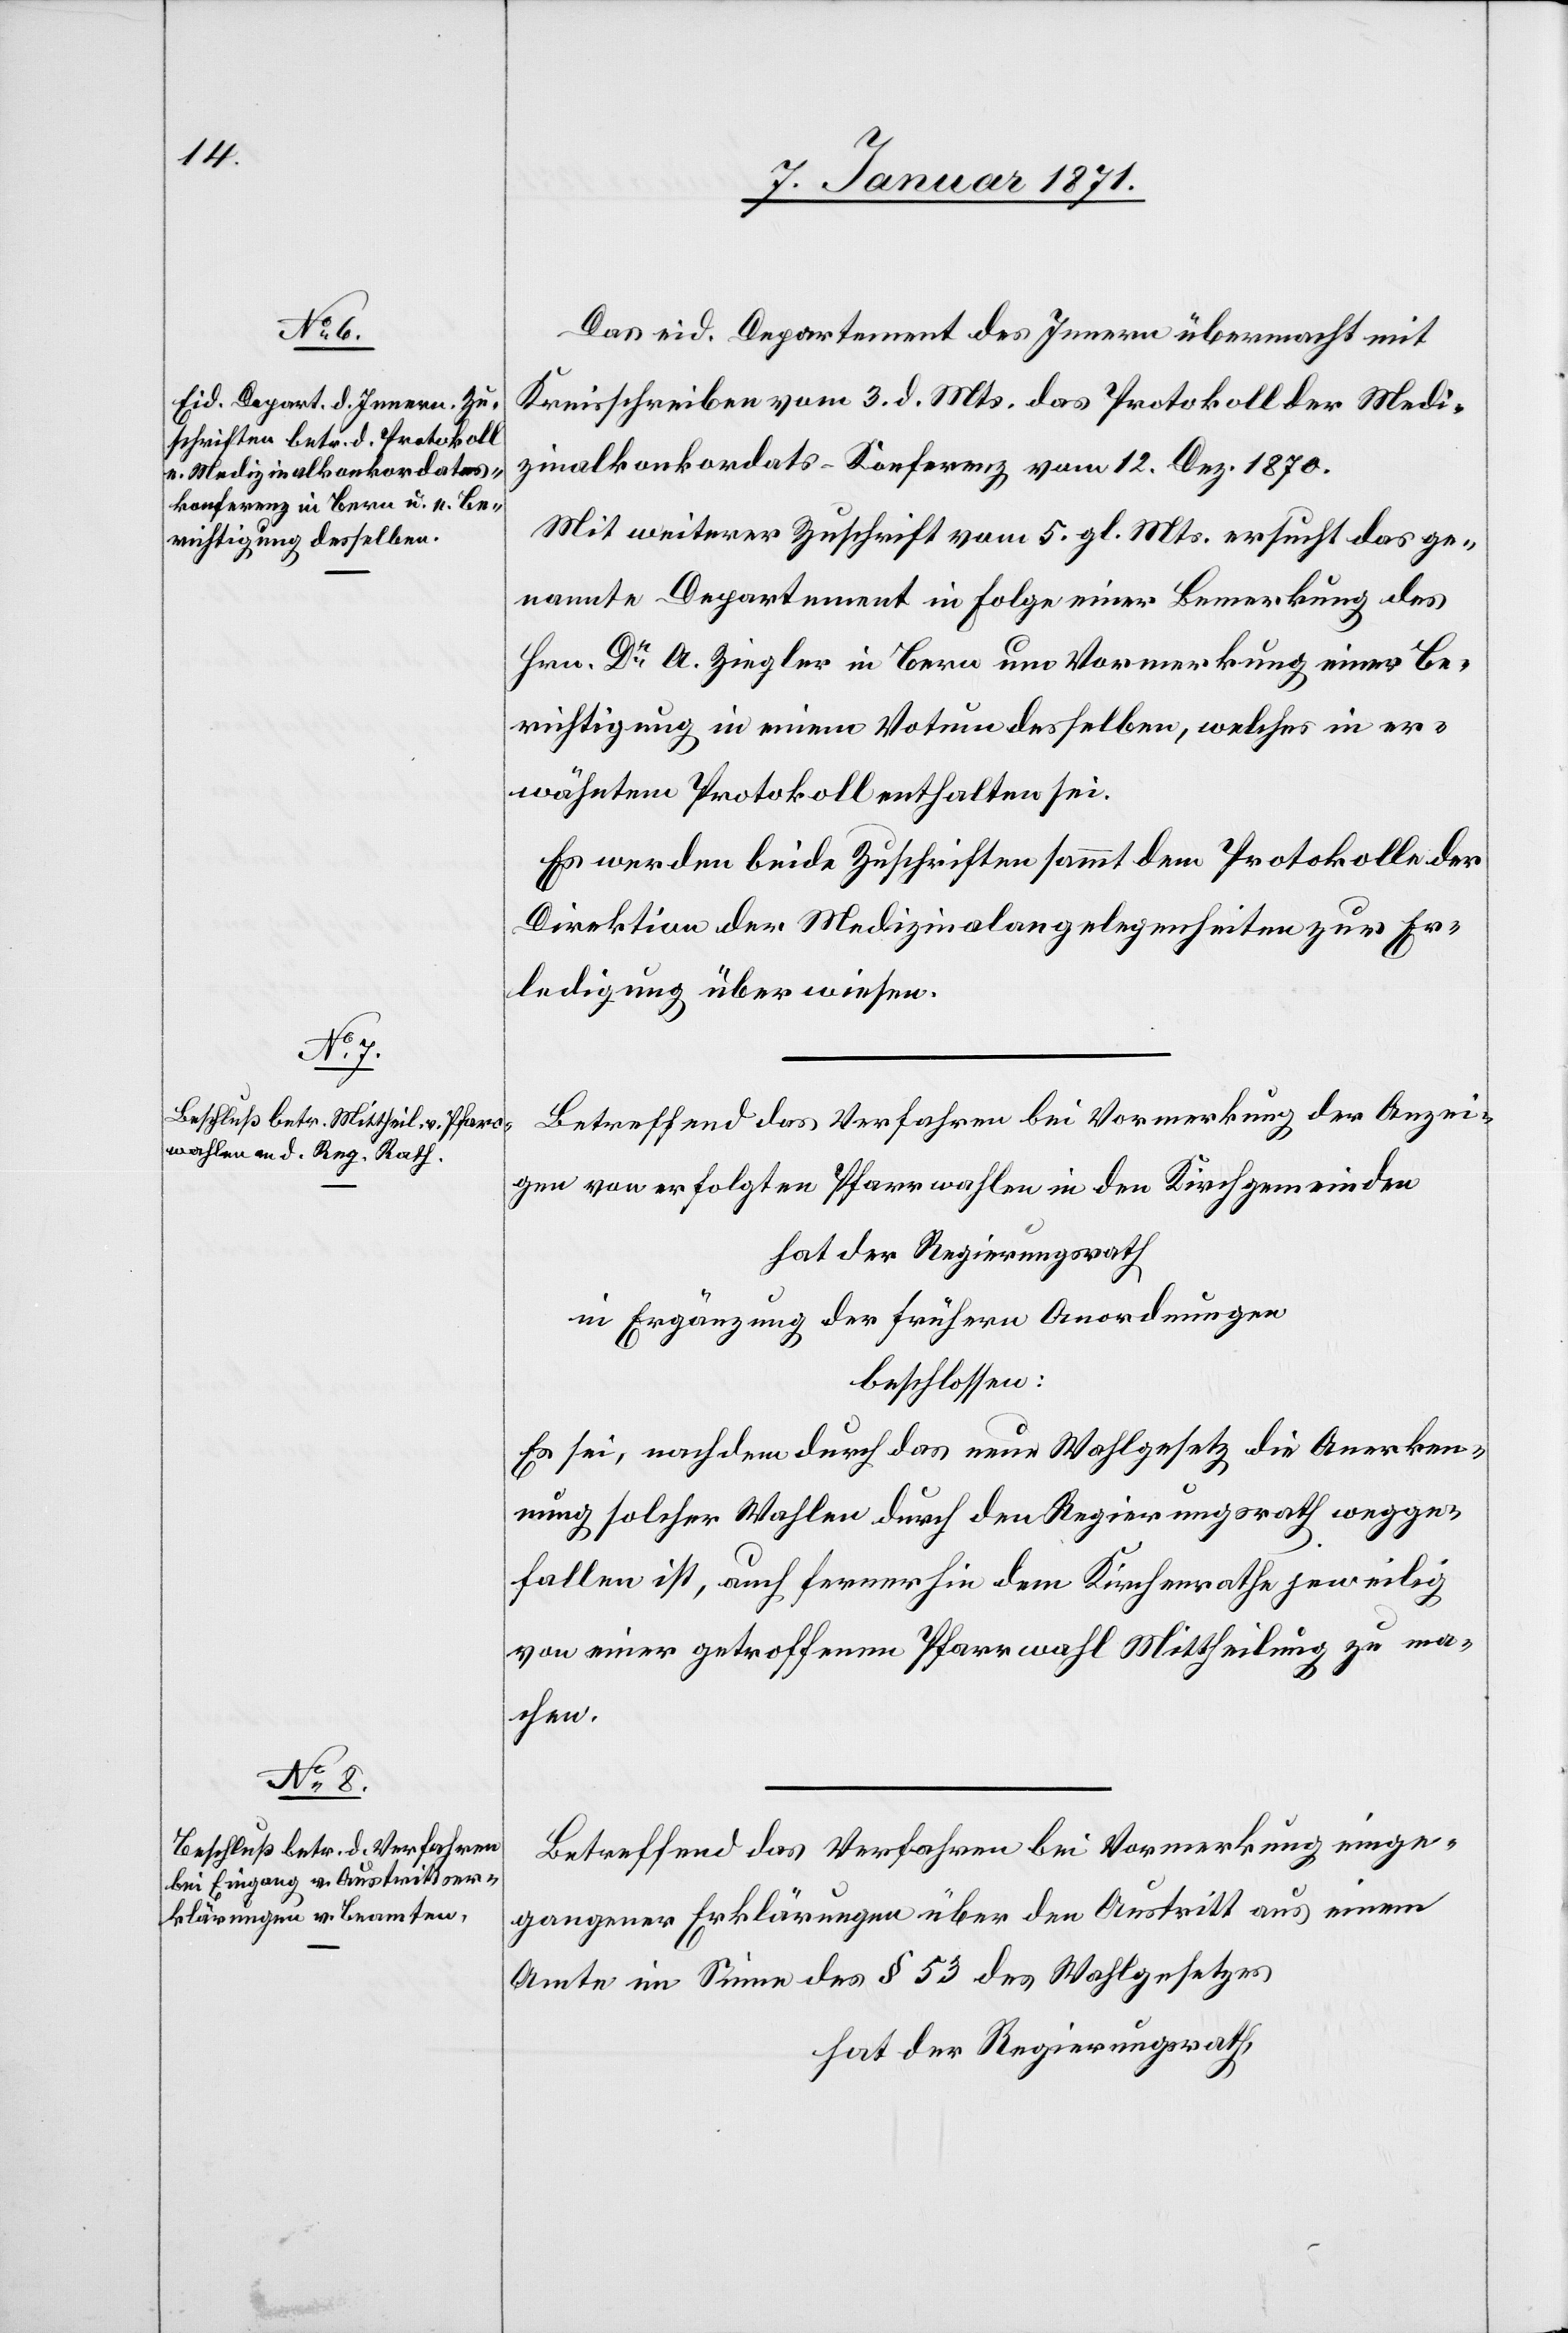
Das eid. Departement des Innern übermacht mit
Kreisschreiben vom 3. d. Mts. das Protokoll der Medi¬
zinalkonkordats-Konferenz vom 12. Dez. 1870.
Mit weiterer Zuschrift vom 5. gl. Mts. ersucht das ge¬
nannte Departement in Folge einer Bemerkung des
Hrn. Dr A. Ziegler in Bern um Vormerkung einer Be¬
richtigung in einem Votum desselben, welches in er¬
wähntem Protokoll enthalten sei.
Es werden beide Zuschriften sammt dem Protokolle der
Direktion der Medizinalangelegenheiten zur Er¬
ledigung überwiesen.
Betreffend das Verfahren bei Vormerkung der Anzei¬
gen von erfolgten Pfarrwahlen in den Kirchgemeinden
hat der Regierungsrath
in Ergänzung der frühern Anordnungen
beschlossen:
Es sei, nachdem durch das neue Wahlgesetz die Anerken¬
nung solcher Wahlen durch den Regierungsrath wegge¬
fallen ist, auch fernerhin dem Kirchenrathe jeweilig
von einer getroffenen Pfarrwahl Mittheilung zu ma¬
chen.
Betreffend das Verfahren bei Vormerkung einge¬
gangener Erklärungen über den Austritt aus einem
Amte im Sinne des § 53 des Wahlgesetzes
hat der Regierungsrath,